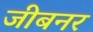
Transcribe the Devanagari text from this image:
जीबनर